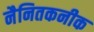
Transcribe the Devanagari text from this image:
नैनितकनीक